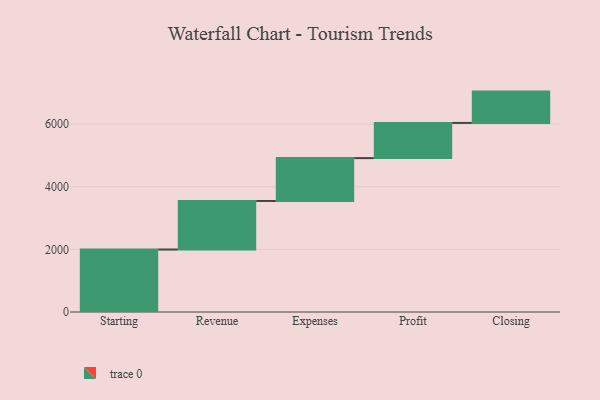
{"axis": {"x": "Step", "y": "Value"}, "legend": [""], "data": [{"x": "Starting", "y": 1995.0, "type": ""}, {"x": "Revenue", "y": 1551.0, "type": ""}, {"x": "Expenses", "y": 1369.0, "type": ""}, {"x": "Profit", "y": 1124.0, "type": ""}, {"x": "Closing", "y": 1000, "type": ""}]}